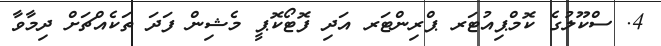
4. ސްކޫލުގެ ކޮމްޕިއުޓަރ ޕްރިންޓަރ އަދި ފޮޓޯކޮޕީ މެޝިން ފަދަ ތަކެއްޗަށް ދިމާވާ